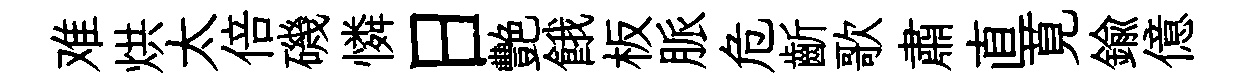
难烘太倍磯憐日艷餓板脈危齗歌肅直莧鍮億